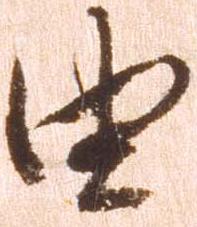
由